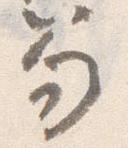
笏